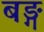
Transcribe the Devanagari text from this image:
बङ्ग